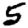
Digit: 5